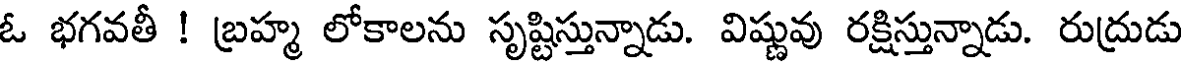
ఓ భగవతీ ! బ్రహ్మ లోకాలను సృష్టిస్తున్నాడు. విష్ణువు రక్షిస్తున్నాడు. రుద్రుడు